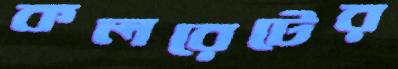
কলরেটের